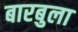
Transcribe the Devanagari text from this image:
बारबुला